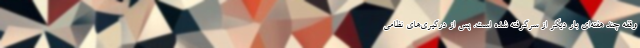
وقفه چند هفته‌ای بار دیگر از سرگرفته شده است. پس از درگیری‌های نظامی